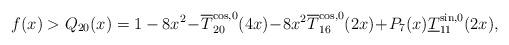
LaTeX: \begin{align*}f(x)>Q_{20}(x)=1-8 x^2\!-\!\overline{T}_{20}^{\cos ,0}(4 x)\!-\!8 x^2 \overline{T}_{16}^{\cos ,0}(2 x)\!+\!P_7(x)\underline{T}_{11}^{\sin ,0}(2 x),\end{align*}